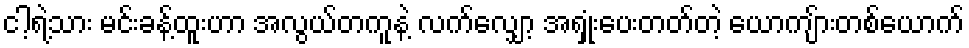
ငါ့ရဲ့သား မင်းခန့်ထူးဟာ အလွယ်တကူနဲ့ လက်လျှော့ အရှုံးပေးတတ်တဲ့ ယောကျ်ားတစ်ယောက်